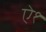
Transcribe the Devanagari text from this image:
ऐ१